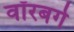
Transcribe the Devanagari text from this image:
वॉरबर्ग